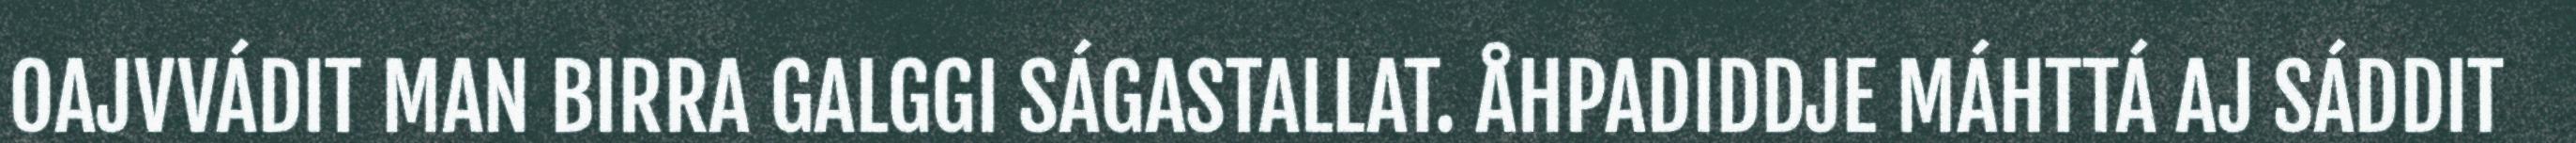
OAJVVÁDIT MAN BIRRA GALGGI SÁGASTALLAT. ÅHPADIDDJE MÁHTTÁ AJ SÁDDIT